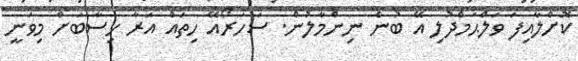
ކޮށްލާއިފަ ވަލްޙަމްދުލި އޭ ބުނެ ނިންމާލުން. ސަހަރޯއޭ ހިތައް އަރާ ހިސާބަށް މިވަނީ